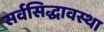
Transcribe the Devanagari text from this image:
सर्वसिद्धावस्था